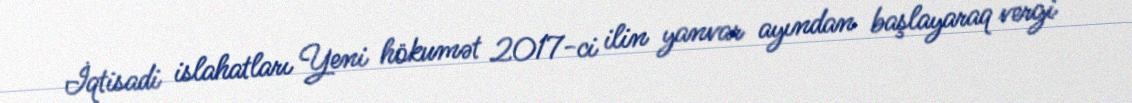
İqtisadi islahatları Yeni hökumət 2017-ci ilin yanvar ayından başlayaraq vergi